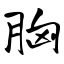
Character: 胸